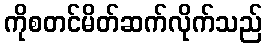
ကိုစတင်မိတ်ဆက်လိုက်သည်